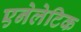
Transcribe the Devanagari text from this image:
एनेलेटिक